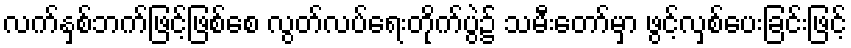
လက်နှစ်ဘက်ဖြင့်ဖြစ်စေ လွတ်လပ်ရေးတိုက်ပွဲ၌ သမီးတော်မှာ ဖွင့်လှစ်ပေးခြင်းဖြင့်